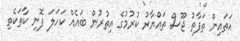
އަތައިން ތަފާތު ޖޫސް ތައްޔާރު ކުރުމުގެ އިތުރުން ބައެއް ކަހަލަ ފޮނި ކާތަކެތި